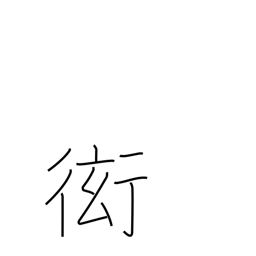
Meaning: show off